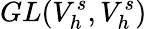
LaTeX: GL(V_{h}^{s},V_{h}^{s})